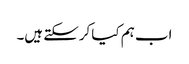
اب ہم کیا کرسکتے ہیں۔